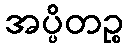
အပ္ပိတဉ္စ